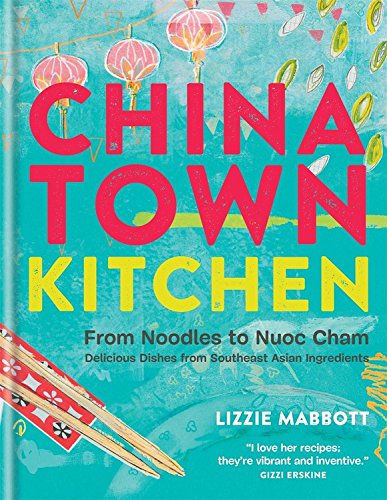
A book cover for Chinatown Kitchen: From Noodles to Nuoc Cham. Delicious Dishes from Southeast Asian Ingredients.; Lizzie Mabbott; Cookbooks, Food & Wine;